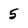
Character: 5